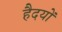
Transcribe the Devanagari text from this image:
हैदयों